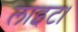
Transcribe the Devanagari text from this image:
लाइट।